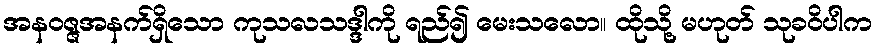
အနဝဇ္ဇအနက်ရှိသော ကုသလသဒ္ဒါကို ရည်၍ မေးသလော။ ထိုသို့ မဟုတ် သုခဝိပါက